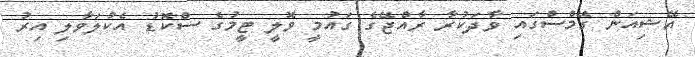
އޭޝިއަން ގޭމްސްގައި ވާދަކުރާ ރާއްޖޭގެ ގައުމީ ވޮލީ ޓީމުގެ ސްކޮޑު އެކުލަވާލި އިރު